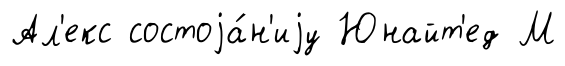
Ал'екс состоjа́н'иjу Юнайт'ед М